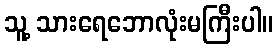
သူ့ သားရေဘောလုံးမကြီးပါ။